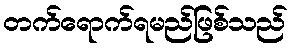
တက်ရောက်ရမည်ဖြစ်သည်